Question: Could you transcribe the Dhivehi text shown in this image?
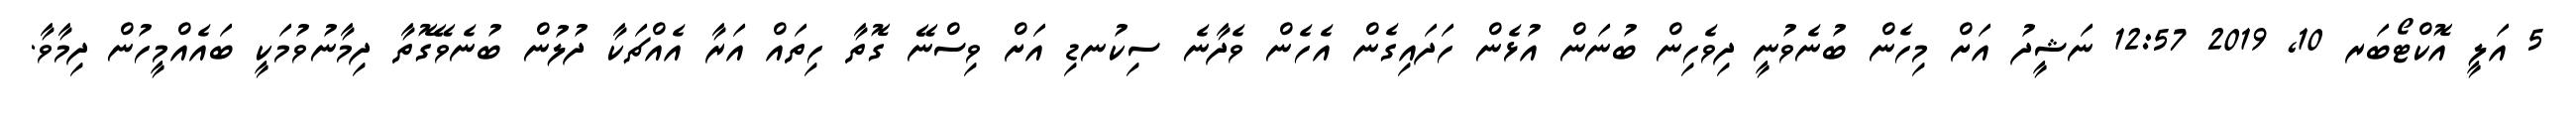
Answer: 5 އަލީ އޮކްޓޯބަރ 10, 2019 12:57 ނަޝީދު އަށް މިހެން ބުނެވުނީ ދިވެހިން ބުނަން އުޅެން ހަދައިގެން އެހެން ވެދާނެ ސިކުނޑި އަށް ވިސްނޭ ގޮތާ ހިތައް އަރާ އެއްޗަކާ ދުލުން ބުނެވޭގޮތާ ދިމާނުވުމަކީ ބައެއްމީހުން ދިމާވާ.